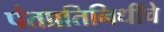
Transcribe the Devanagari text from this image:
पंतप्रतिनिधींचे